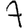
Digit: 7